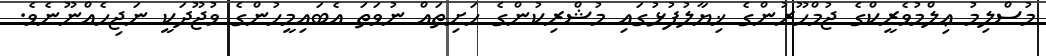
މުސްލިމު ޢިލްމުވެރީކްގެ ޖުމްހޫރުންގެ ޚިޔާލުފުޅުގައި މުޝްރިކުންގެ ހަށިތައް ނުވަތަ އެބައިމީހުންގެ ވުޖޫދަކީ ނަޖިހެއްނޫނެވެ.